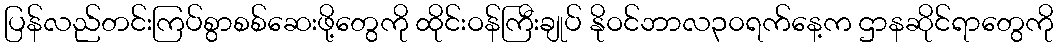
ပြန်လည်တင်းကြပ်စွာစစ်ဆေးဖို့တွေကို ထိုင်းဝန်ကြီးချုပ် နိုဝင်ဘာလ၃၀ရက်နေ့က ဌာနဆိုင်ရာတွေကို